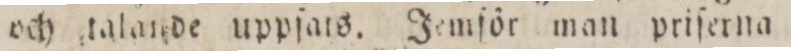
och talande uppſats. Jemſör man priſerna i